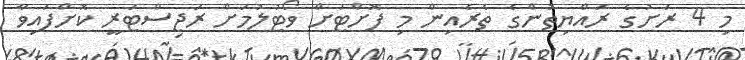
މި 4 ރަށުގެ ރައްޔިތުންގެ ތެރެއިން މި ފޮށްޓަށް ވޯޓުލުމަށް ރަޖިސްޓަރީ ކޮށްފައިވާ